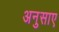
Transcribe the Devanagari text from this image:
अनुसाए